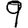
Digit: 9